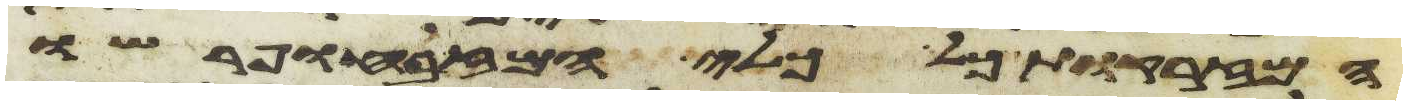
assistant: המזרקות כל כלי המזבח ופרשו